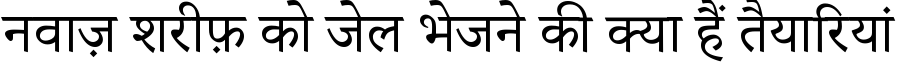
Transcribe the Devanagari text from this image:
नवाज़ शरीफ़ को जेल भेजने की क्या हैं तैयारियां